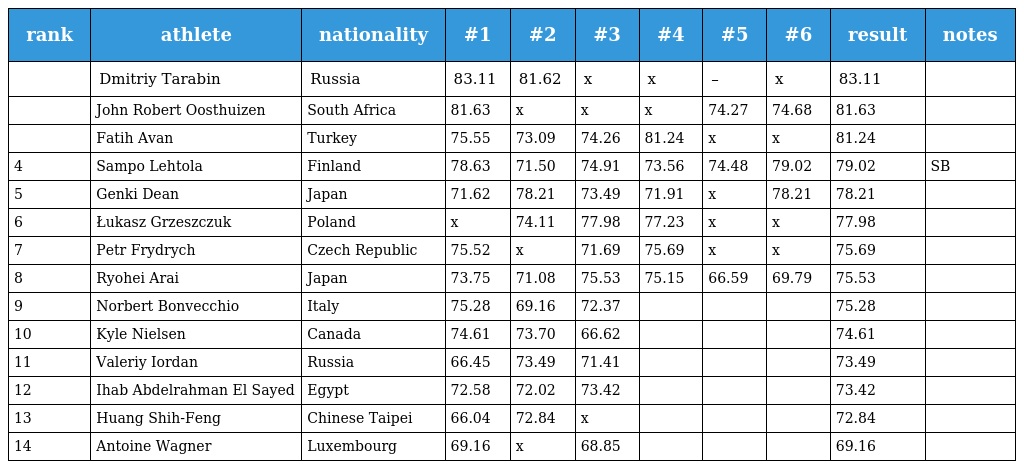
| rank | athlete | nationality | #1 | #2 | #3 | #4 | #5 | #6 | result | notes |
 | --- | --- | --- | --- | --- | --- | --- | --- | --- | --- | --- |
 |  | Dmitriy Tarabin | Russia | 83.11 | 81.62 | x | x | – | x | 83.11 |  |
 |  | John Robert Oosthuizen | South Africa | 81.63 | x | x | x | 74.27 | 74.68 | 81.63 |  |
 |  | Fatih Avan | Turkey | 75.55 | 73.09 | 74.26 | 81.24 | x | x | 81.24 |  |
 | 4 | Sampo Lehtola | Finland | 78.63 | 71.50 | 74.91 | 73.56 | 74.48 | 79.02 | 79.02 | SB |
 | 5 | Genki Dean | Japan | 71.62 | 78.21 | 73.49 | 71.91 | x | 78.21 | 78.21 |  |
 | 6 | Łukasz Grzeszczuk | Poland | x | 74.11 | 77.98 | 77.23 | x | x | 77.98 |  |
 | 7 | Petr Frydrych | Czech Republic | 75.52 | x | 71.69 | 75.69 | x | x | 75.69 |  |
 | 8 | Ryohei Arai | Japan | 73.75 | 71.08 | 75.53 | 75.15 | 66.59 | 69.79 | 75.53 |  |
 | 9 | Norbert Bonvecchio | Italy | 75.28 | 69.16 | 72.37 |  |  |  | 75.28 |  |
 | 10 | Kyle Nielsen | Canada | 74.61 | 73.70 | 66.62 |  |  |  | 74.61 |  |
 | 11 | Valeriy Iordan | Russia | 66.45 | 73.49 | 71.41 |  |  |  | 73.49 |  |
 | 12 | Ihab Abdelrahman El Sayed | Egypt | 72.58 | 72.02 | 73.42 |  |  |  | 73.42 |  |
 | 13 | Huang Shih-Feng | Chinese Taipei | 66.04 | 72.84 | x |  |  |  | 72.84 |  |
 | 14 | Antoine Wagner | Luxembourg | 69.16 | x | 68.85 |  |  |  | 69.16 |  |